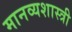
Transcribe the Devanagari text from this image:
मानव्यशास्त्री